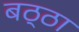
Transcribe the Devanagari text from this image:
बठ्ठा